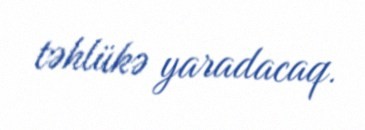
təhlükə yaradacaq.